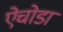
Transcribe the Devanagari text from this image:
ऐचोडा